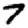
Digit: 7